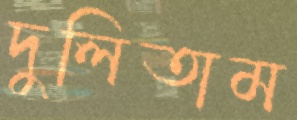
দুলিতাম